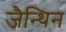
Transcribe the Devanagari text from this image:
जैन्थिन